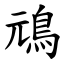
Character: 䲮